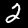
Digit: 2